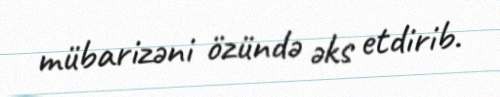
mübarizəni özündə əks etdirib.